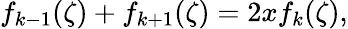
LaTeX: f_{k-1}(\zeta)+f_{k+1}(\zeta)=2xf_{k}(\zeta),